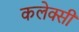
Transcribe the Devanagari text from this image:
कलेक्सी